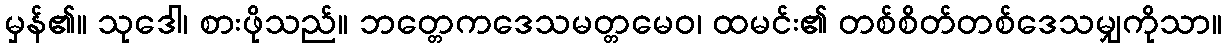
မှန်၏။ သုဒေါ၊ စားဖိုသည်။ ဘတ္တေကဒေသမတ္တမေဝ၊ ထမင်း၏ တစ်စိတ်တစ်ဒေသမျှကိုသာ။